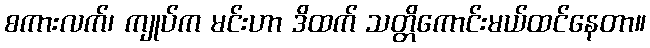
စကားလက်၊ ကျုပ်က မင်းဟာ ဒိထက် သတ္တိကောင်းမယ်ထင်နေတာ။